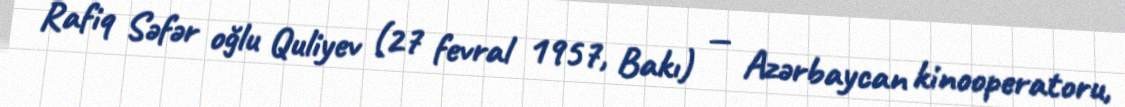
Rafiq Səfər oğlu Quliyev (27 fevral 1957, Bakı) — Azərbaycan kinooperatoru,